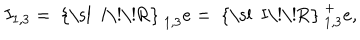
I _ { 1 , 3 } = \mathrm { ~ { \ s l ~ I \! \! R } ~ } _ { 1 , 3 } e = \mathrm { ~ { \ s l ~ I \! \! R } ~ } _ { 1 , 3 } ^ { + } e ,